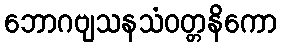
ဘောဂဗျသနသံဝတ္တနိကော